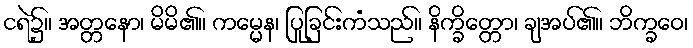
ငရဲ၌။ အတ္တနော၊ မိမိ၏။ ကမ္မေန၊ ပြုခြင်းကံသည်။ နိက္ခိတ္တော၊ ချအပ်၏။ ဘိက္ခဝေ၊